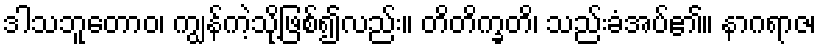
ဒါသဘူတောဝ၊ ကျွန်ကဲ့သို့ဖြစ်၍လည်း။ တိတိက္ခတိ၊ သည်းခံအပ်၏။ နာဂရာဇ၊